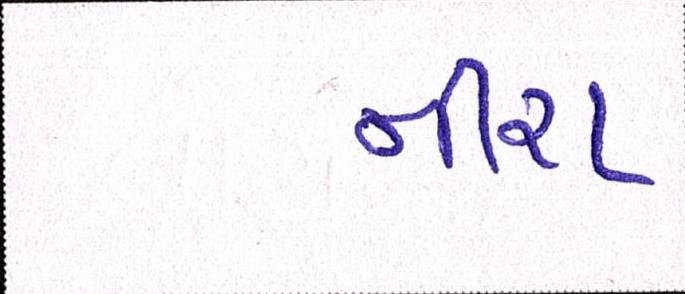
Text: નીરા